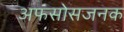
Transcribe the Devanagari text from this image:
अफसोसजनक